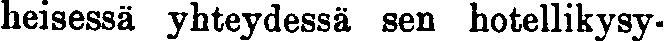
heisessä yhteydessä sen hotellikysy-